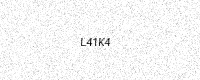
Text: L41K4